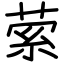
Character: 萦